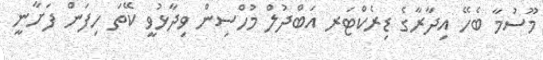
މޫސުމާ ބެހޭ އިދާރާގެ ޑިރެކްޓަރ އަބްދުލް މުހްސިން ވިދާޅުވީ ކޭތަ ހިފަން ފަށާނީ